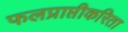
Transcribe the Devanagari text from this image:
फलप्राप्तीकरिता